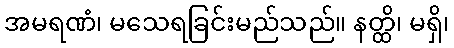
အမရဏံ၊ မသေရခြင်းမည်သည်။ နတ္ထိ၊ မရှိ၊